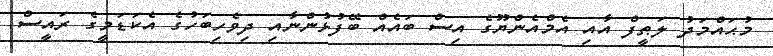
މުޙައްމަދު ލަޠީފް އާއި އެމްއެންޔޫގެ އިސް ބައެއް ބޭފުޅުންނާއި ދިވެހިބަހުގެ އެކަޑަމީގެ ރައީސް